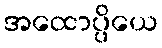
အထောပ္ပိယေ